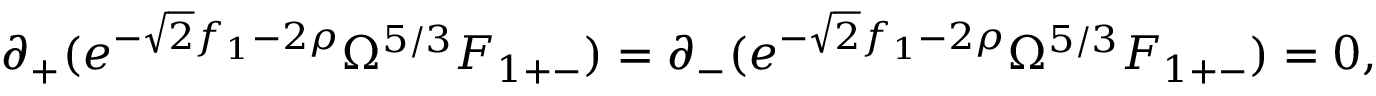
\partial _ { + } ( e ^ { - \sqrt { 2 } f _ { 1 } - 2 \rho } \Omega ^ { 5 / 3 } F _ { 1 + - } ) = \partial _ { - } ( e ^ { - \sqrt { 2 } f _ { 1 } - 2 \rho } \Omega ^ { 5 / 3 } F _ { 1 + - } ) = 0 ,